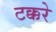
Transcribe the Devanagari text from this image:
टक्करे